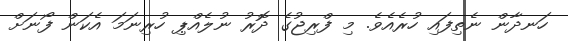
ހަނދާން ނެތިފައި ހުރެއެވެ. މި ފްރިޖުގެ ދޮރު ނުލެއްޕި ހުރިނަމަ އެކަން ފޯނަށް